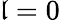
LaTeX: \mathfrak{l}=0